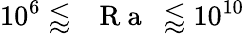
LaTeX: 10^{6}\lessapprox\mathrm{~\textit~{~R~a~}~}\lessapprox 10^{10}